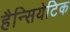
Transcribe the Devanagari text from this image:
हैन्सियेटिक